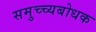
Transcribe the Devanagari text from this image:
समुच्च्यबोधक